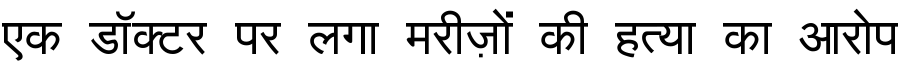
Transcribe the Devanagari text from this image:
एक डॉक्टर पर लगा मरीज़ों की हत्या का आरोप